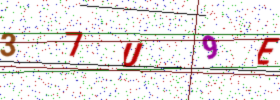
Text: 37U9E